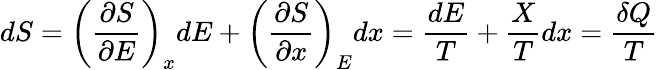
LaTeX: dS=\left({\frac{\partial S}{\partial E}}\right)_{x}dE+\left({\frac{\partial S}{\partial x}}\right)_{E}dx={\frac{dE}{T}}+{\frac{X}{T}}dx={\frac{\delta Q}{T}}